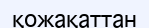
қожақаттан